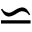
\backsimeq